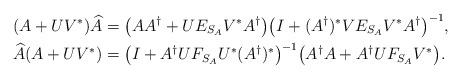
LaTeX: \begin{align*}(A+UV^{\ast})\widehat{A}&=\big(AA^{\dagger}+UE_{S_{A}}V^{\ast}A^{\dagger}\big)\big(I+(A^{\dagger})^{\ast}VE_{S_{A}}V^{\ast}A^{\dagger}\big)^{-1},\\\widehat{A}(A+UV^{\ast})&=\big(I+A^{\dagger}UF_{S_{A}}U^{\ast}(A^{\dagger})^{\ast}\big)^{-1}\big(A^{\dagger}A+A^{\dagger}UF_{S_{A}}V^{\ast}\big).\end{align*}